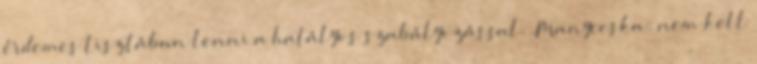
érdemes tisztában lenni a hatályos szabályozással. .Manyecska: nem kell